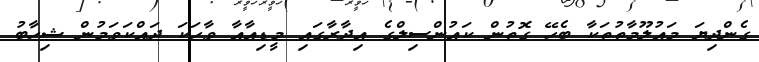
ގެންދިޔަ މައުލޫމާތުތަކާ ބެހޭ ގޮތުން ކައުންސިލްގެ އިދާރާގައި މީޑިއާއާ ވާހަކަ ދައްކަވަމުން ޝިހާބު